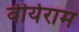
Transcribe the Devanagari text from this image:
वीर्यराम